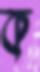
ক